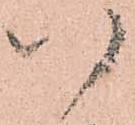
い